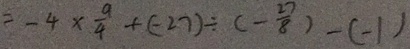
= - 4 \times \frac { 9 } { 4 } + ( - 2 7 ) \div ( - \frac { 2 7 } { 8 } ) - ( - 1 )